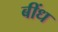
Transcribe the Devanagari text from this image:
बींध